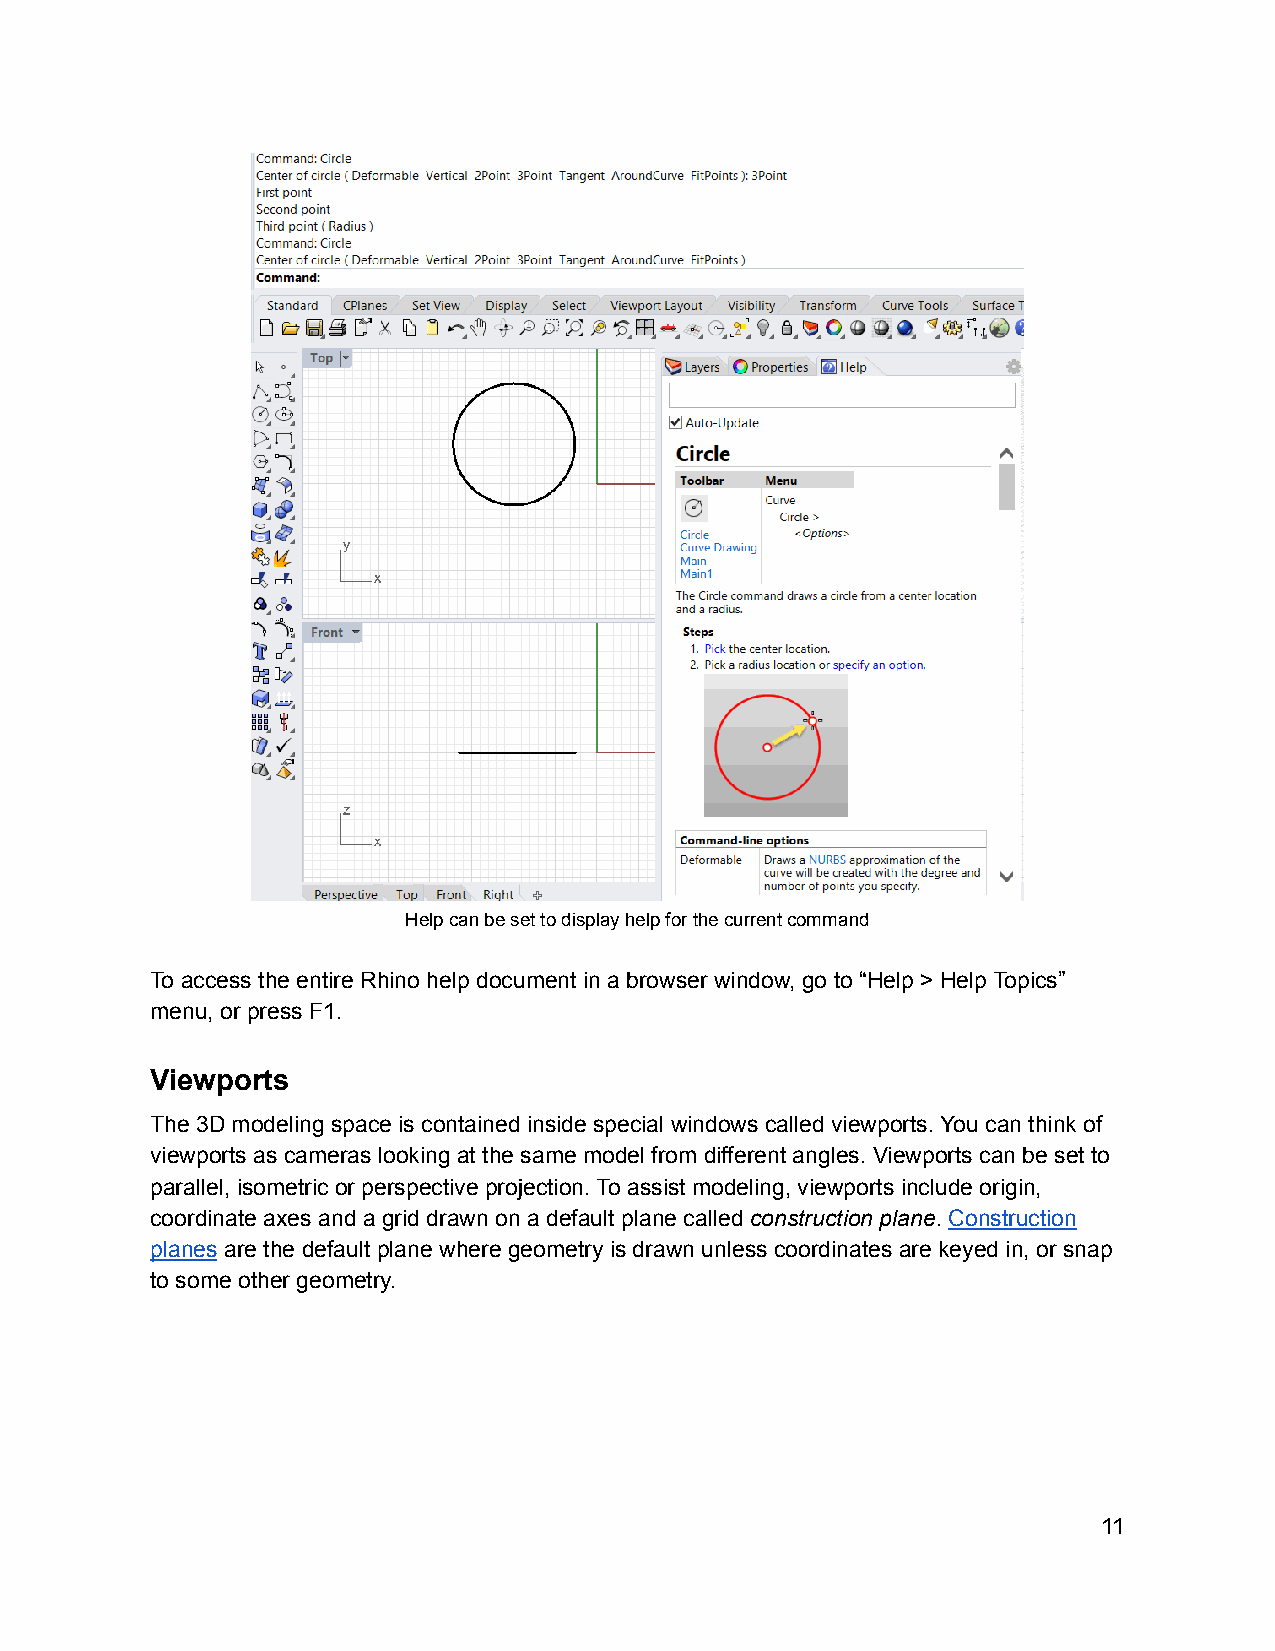
Help can be set to display help for the current command
 To access the entire Rhino help document in a browser window, go to “Help > Help Topics”
 menu, or press F1.
 Viewports
 The 3D modeling space is contained inside special windows called viewports. You can think of
 viewports as cameras looking at the same model from different angles. Viewports can be set to
 parallel, isometric or perspective projection. To assist modeling, viewports include origin,
 coordinate axes and a grid drawn on a default plane called construction plane. Construction
 planes are the default plane where geometry is drawn unless coordinates are keyed in, or snap
 to some other geometry.
 11